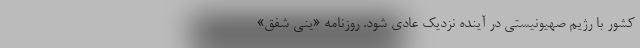
کشور با رژیم صهیونیستی در آینده نزدیک عادی شود. روزنامه «ینی شفق»